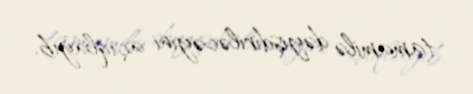
tamamilə dəyişdiriləcəyini açıqlayıb.